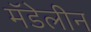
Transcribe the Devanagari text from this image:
मॅडेलीन